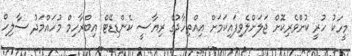
މީހަކު ހުރީ ކުށްވެރިކޮށް ޖަލަށްލެވިފައިކަމަށް އިއްތިހާދުގެ ރިޔާސީ ކެންޑިޑޭޓް އިބްރާހިމް މުހައްމަދު ސާލިހް